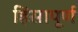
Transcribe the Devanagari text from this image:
हिंसापूर्ण